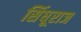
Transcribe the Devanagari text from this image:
सिंधूराज